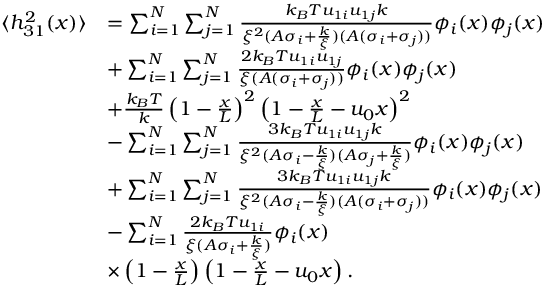
\begin{array} { r l } { \langle h _ { 3 1 } ^ { 2 } ( x ) \rangle } & { = \sum _ { i = 1 } ^ { N } \sum _ { j = 1 } ^ { N } \frac { k _ { B } T u _ { 1 i } u _ { 1 j } k } { \xi ^ { 2 } ( A \sigma _ { i } + \frac { k } { \xi } ) ( A ( \sigma _ { i } + \sigma _ { j } ) ) } \phi _ { i } ( x ) \phi _ { j } ( x ) } \\ & { + \sum _ { i = 1 } ^ { N } \sum _ { j = 1 } ^ { N } \frac { 2 k _ { B } T u _ { 1 i } u _ { 1 j } } { \xi ( A ( \sigma _ { i } + \sigma _ { j } ) ) } \phi _ { i } ( x ) \phi _ { j } ( x ) } \\ & { + \frac { k _ { B } T } { k } \left( 1 - \frac { x } { L } \right) ^ { 2 } \left( 1 - \frac { x } { L } - u _ { 0 } x \right) ^ { 2 } } \\ & { - \sum _ { i = 1 } ^ { N } \sum _ { j = 1 } ^ { N } \frac { 3 k _ { B } T u _ { 1 i } u _ { 1 j } k } { \xi ^ { 2 } ( A \sigma _ { i } - \frac { k } { \xi } ) ( A \sigma _ { j } + \frac { k } { \xi } ) } \phi _ { i } ( x ) \phi _ { j } ( x ) } \\ & { + \sum _ { i = 1 } ^ { N } \sum _ { j = 1 } ^ { N } \frac { 3 k _ { B } T u _ { 1 i } u _ { 1 j } k } { \xi ^ { 2 } ( A \sigma _ { i } - \frac { k } { \xi } ) ( A ( \sigma _ { i } + \sigma _ { j } ) ) } \phi _ { i } ( x ) \phi _ { j } ( x ) } \\ & { - \sum _ { i = 1 } ^ { N } \frac { 2 k _ { B } T u _ { 1 i } } { \xi ( A \sigma _ { i } + \frac { k } { \xi } ) } \phi _ { i } ( x ) } \\ & { \times \left( 1 - \frac { x } { L } \right) \left( 1 - \frac { x } { L } - u _ { 0 } x \right) . } \end{array}